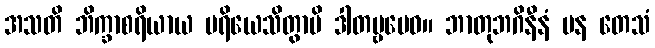
အသတိ ဘိက္ခာစရိယာယ ပရိယေသိတွာပိ ဒါတဗ္ဗမေဝ။ ဘာတုဘဂိနီနံ ပန တေသံ